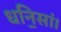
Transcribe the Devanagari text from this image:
धनि॒सां।